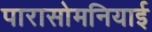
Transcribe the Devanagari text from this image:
पारासोमनियाई